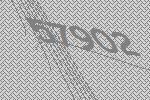
57902